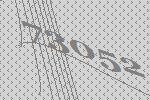
73052